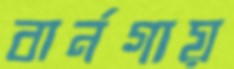
বার্নগায়